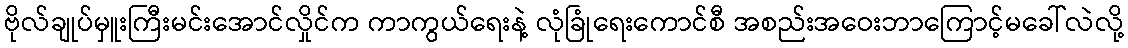
ဗိုလ်ချုပ်မှူးကြီးမင်းအောင်လှိုင်က ကာကွယ်ရေးနဲ့ လုံခြုံရေးကောင်စီ အစည်းအဝေးဘာကြောင့်မခေါ်လဲလို့